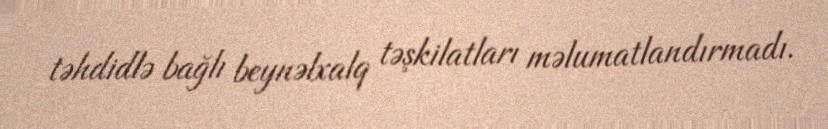
təhdidlə bağlı beynəlxalq təşkilatları məlumatlandırmadı.